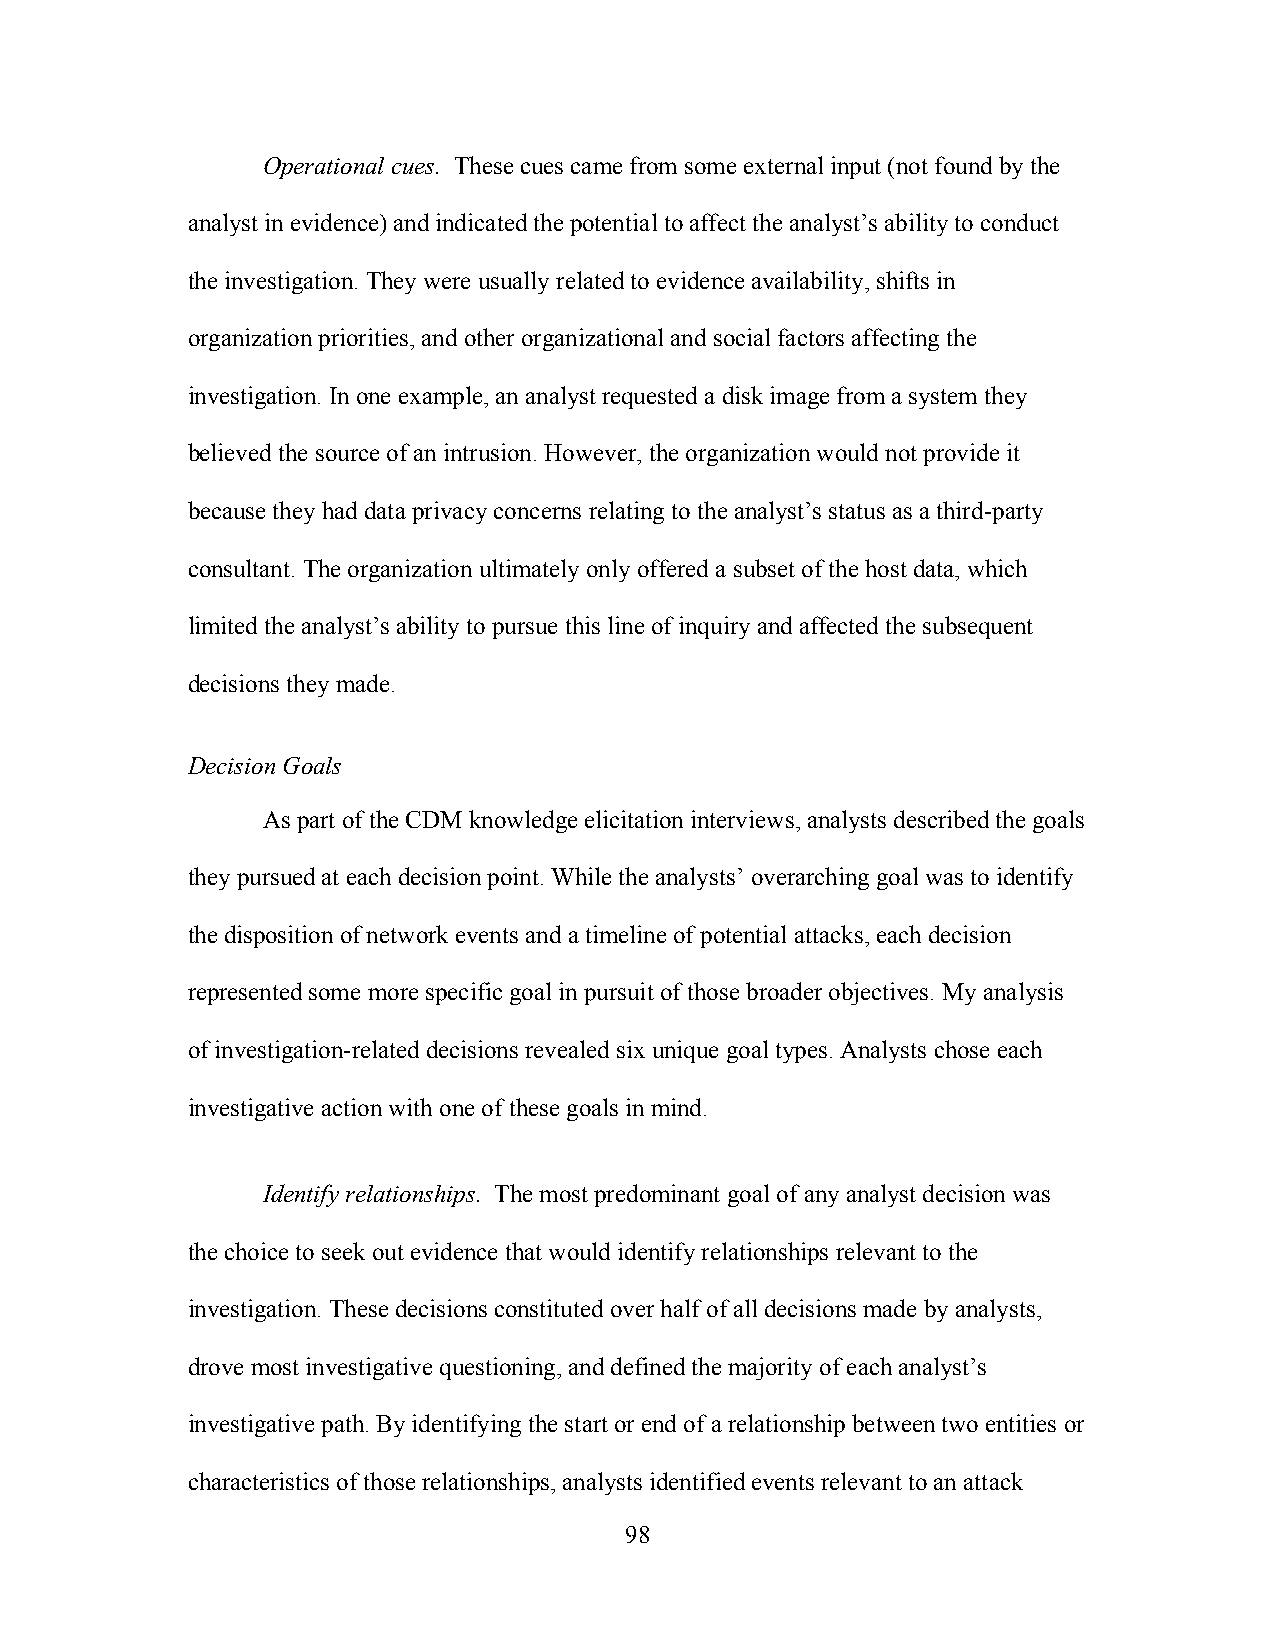
Operational cues. These cues came from some external input (not found by the
 analyst in evidence) and indicated the potential to affect the analyst’s ability to conduct
 the investigation. They were usually related to evidence availability, shifts in
 organization priorities, and other organizational and social factors affecting the
 investigation. In one example, an analyst requested a disk image from a system they
 believed the source of an intrusion. However, the organization would not provide it
 because they had data privacy concerns relating to the analyst’s status as a third-party
 consultant. The organization ultimately only offered a subset of the host data, which
 limited the analyst’s ability to pursue this line of inquiry and affected the subsequent
 decisions they made.
 Decision Goals
 As part of the CDM knowledge elicitation interviews, analysts described the goals
 they pursued at each decision point. While the analysts’ overarching goal was to identify
 the disposition of network events and a timeline of potential attacks, each decision
 represented some more specific goal in pursuit of those broader objectives. My analysis
 of investigation-related decisions revealed six unique goal types. Analysts chose each
 investigative action with one of these goals in mind.
 Identify relationships. The most predominant goal of any analyst decision was
 the choice to seek out evidence that would identify relationships relevant to the
 investigation. These decisions constituted over half of all decisions made by analysts,
 drove most investigative questioning, and defined the majority of each analyst’s
 investigative path. By identifying the start or end of a relationship between two entities or
 characteristics of those relationships, analysts identified events relevant to an attack
 98